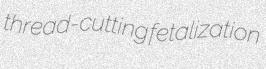
thread-cutting fetalization